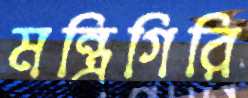
মন্ত্রিগিরি